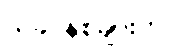
ယခင်နှစ်များက